Tezpur Lunatic Asylum reports 1877-1894 - 1877-1894
Year: 1877
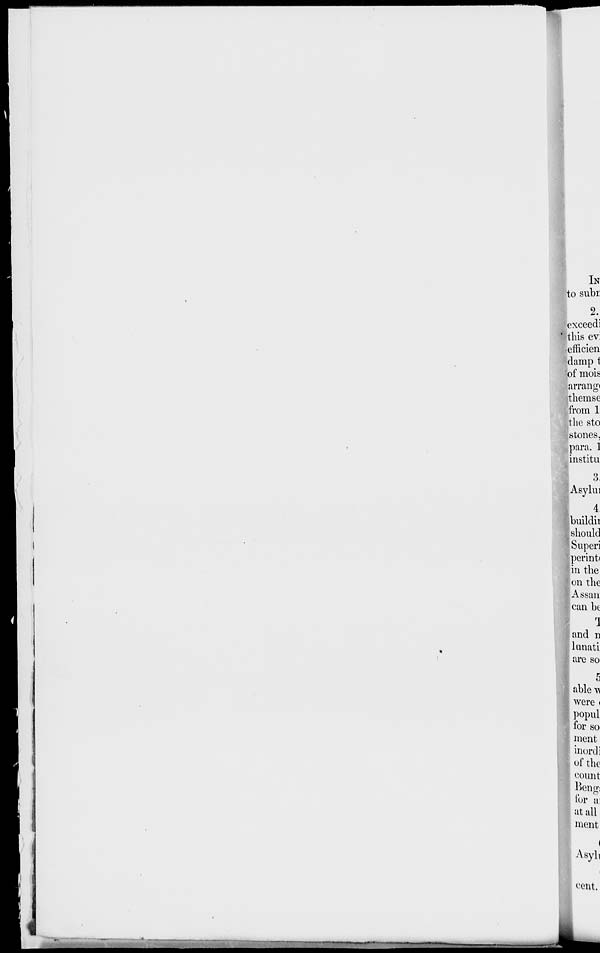
IN
to subi:
2.
; * exceedi
I this ev:
•efficien
damp i
of mois
arrangi
themse
from 1
the sto
stones,
para. 1
institu
able^
were <
popul
for so
inent
inordi
Asyl,
cent.
i